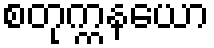
စတုက္ကနယော